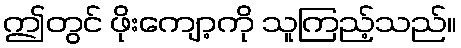
ဤတွင် ဖိုးကျော့ကို သူကြည့်သည်။